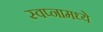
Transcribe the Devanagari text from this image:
स्वप्नामध्ये